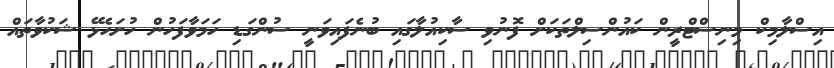
އިސްލާމިކް މިނިސްޓްރީން ކައުންސިލްތަކަށް ފޮނުވި ސާކިއުލާގައި ބުނެފައިވަނީ ސުންގަޑި ހަމަވާފަހުން ހުށަހެޅޭ ޝަކުވާތައް